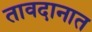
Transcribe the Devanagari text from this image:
तावदानात